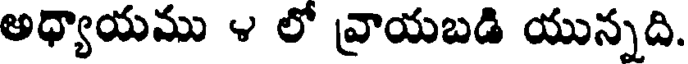
అధ్యాయము ౪ లో వ్రాయబడి యున్నది.